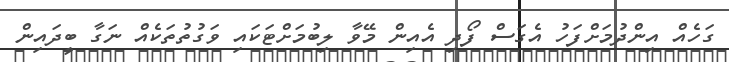
ގަހެއް އިންދުމަށްފަހު އެގަސް ފޯދި އެއިން މޭވާ ލިބުމަށްޓަކައި ވަގުތުތަކެއް ނަގާ ބީދައިން